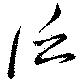
泛